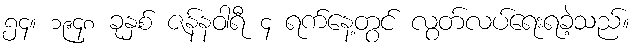
၅၄။ ၁၉၄၈ ခုနှစ် ဇန်နဝါရီ ၄ ရက်နေ့တွင် လွတ်လပ်ရေးရခဲ့သည်။